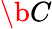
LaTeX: \b{C}